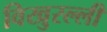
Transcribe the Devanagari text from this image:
विखुरल्ली